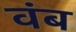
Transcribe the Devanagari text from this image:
वंब